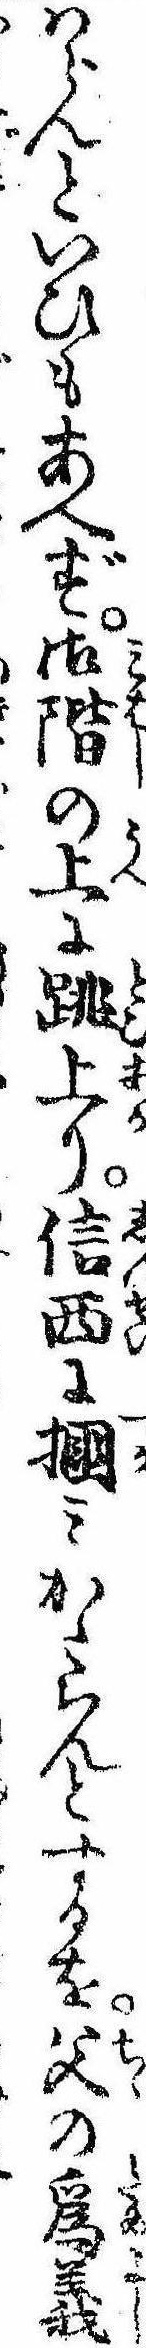
はらんといひもあへず御階の上に跳上り信西に掴みかゝらんとするを父の為義